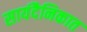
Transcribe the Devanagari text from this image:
सायंदैनिकात